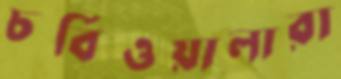
চর্বিওয়ালারা